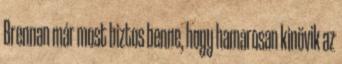
Brennan már most biztos benne, hogy hamarosan kinövik az